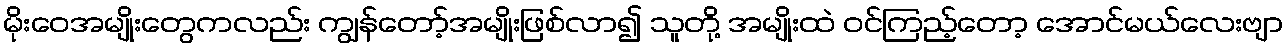
မိုးဝေအမျိုးတွေကလည်း ကျွန်တော့်အမျိုးဖြစ်လာ၍ သူတို့ အမျိုးထဲ ဝင်ကြည့်တော့ အောင်မယ်လေးဗျာ